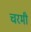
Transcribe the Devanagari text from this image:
चरमी